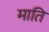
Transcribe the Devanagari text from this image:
माति